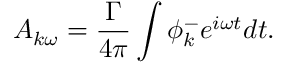
A _ { k \omega } = \frac { \Gamma } { 4 \pi } \int \phi _ { k } ^ { - } e ^ { i \omega t } d t .